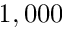
1 , 0 0 0